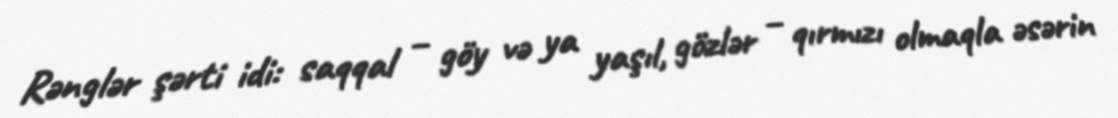
Rənglər şərti idi: saqqal – göy və ya yaşıl, gözlər – qırmızı olmaqla əsərin